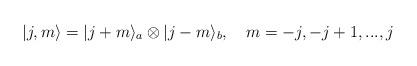
LaTeX: \begin{align*}|j,m\rangle = |j+m\rangle_{a}\otimes |j-m\rangle_{b}, \ \ \ m= -j,-j+1, ...,j\end{align*}